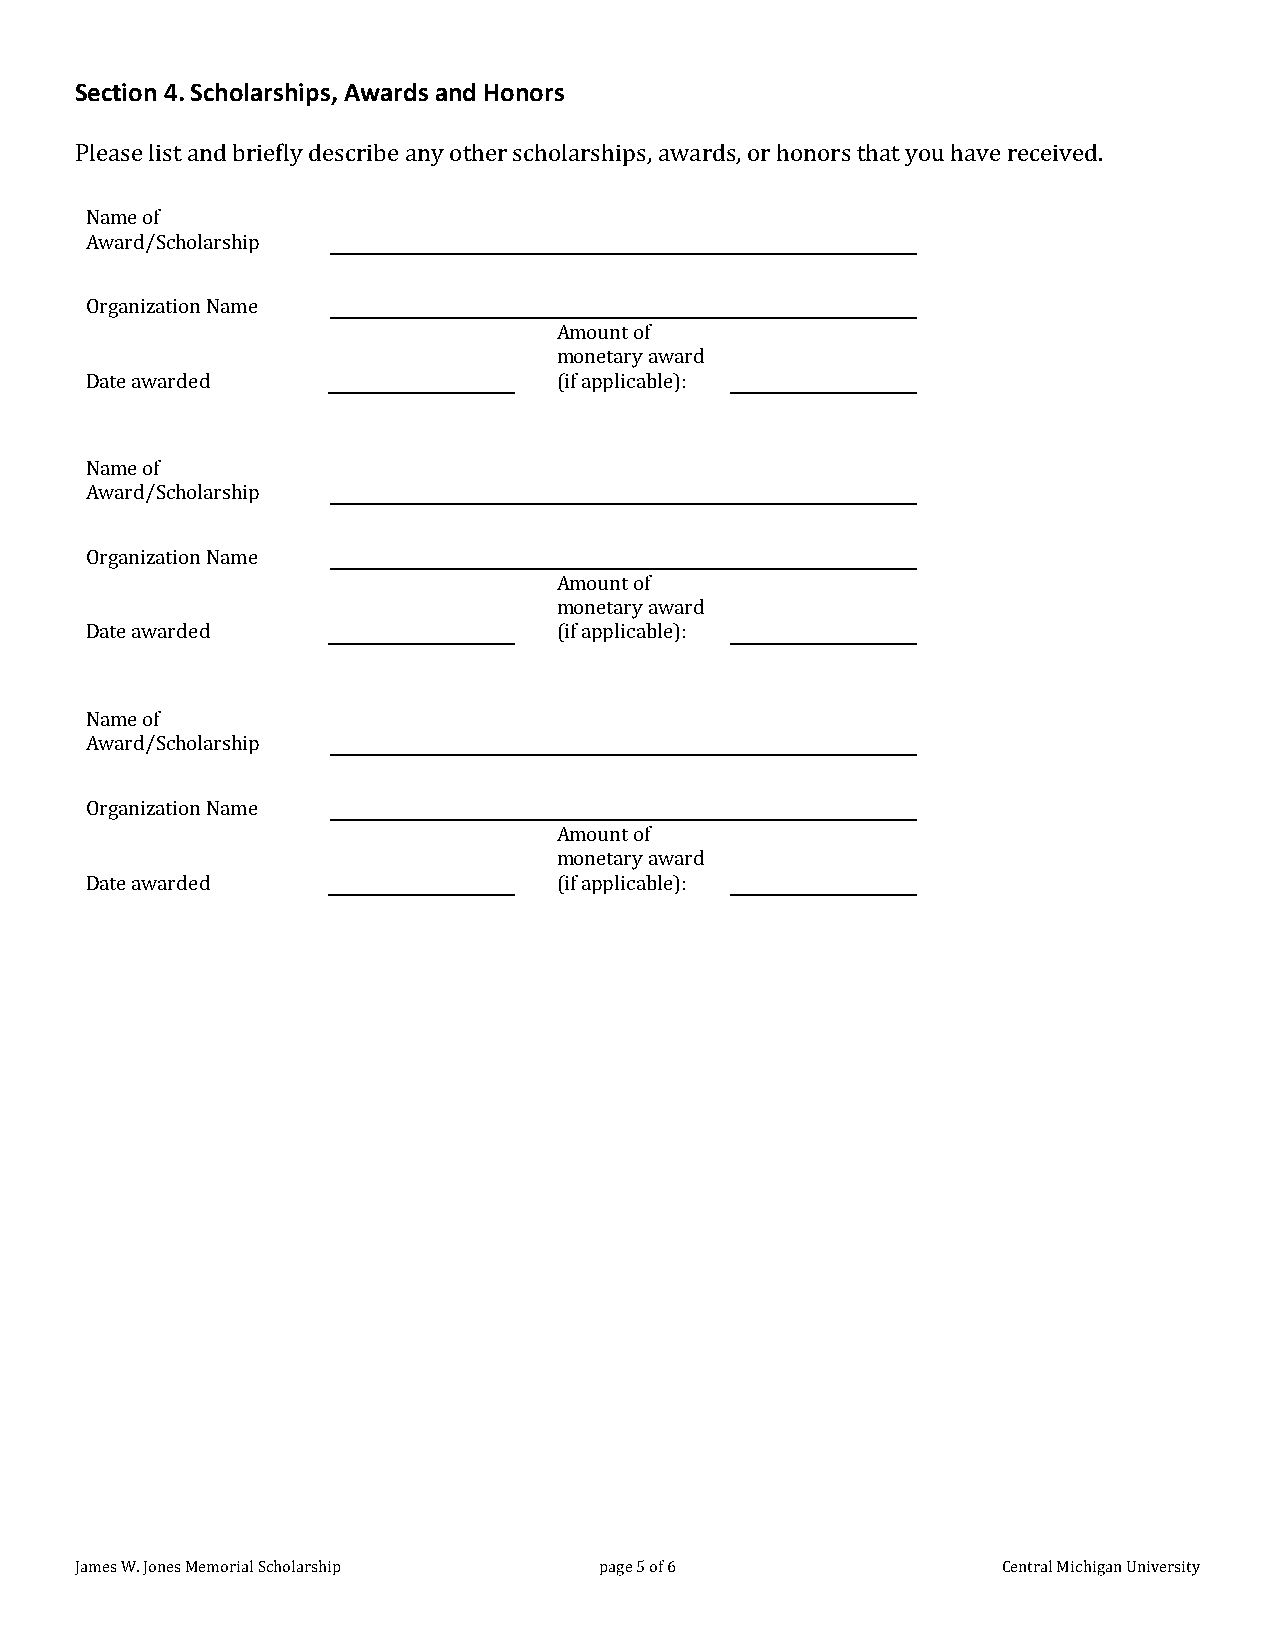
Section 4. Scholarships, Awards and Honors
 Please list and briefly describe any other scholarships, awards, or honors that you have received.
 Name of
 Award/Scholarship
 Organization Name
 Amount of
 monetary award
 Date awarded                   (if applicable):
 Name of
 Award/Scholarship
 Organization Name
 Amount of
 monetary award
 Date awarded                   (if applicable):
 Name of
 Award/Scholarship
 Organization Name
 Amount of
 monetary award
 Date awarded                   (if applicable):
 James W. Jones Memorial Scholarship page 5 of 6              Central Michigan University